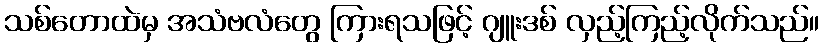
သစ်တောထဲမှ အသံဗလံတွေ ကြားရသဖြင့် ဂျူးဒစ် လှည့်ကြည့်လိုက်သည်။